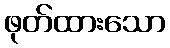
ဖုတ်ထားသော